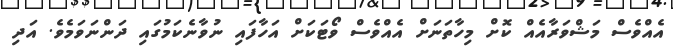
އެއްވެސް މަޝްވަރާއެއް ކޮށް މިހާތަނަށް އެއްވެސް ވޯޓަކަށް އަހާފައި ނުވާނެކަމުގައި ދަންނަވަމެވެ. އަދި